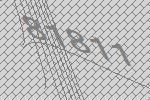
81811